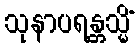
သုနာပရန္တသ္မိံ